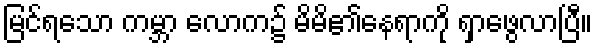
မြင်ရသော ကမ္ဘာ လောက၌ မိမိ၏နေရာကို ရှာဖွေလာပြီ။